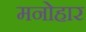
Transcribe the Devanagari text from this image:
मनोहार